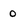
Character: o